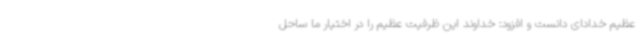
عظیم خدادای دانست و افزود: خداوند این ظرفیت عظیم را در اختیار ما ساحل